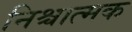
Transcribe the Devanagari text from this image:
निश्चात्मक